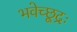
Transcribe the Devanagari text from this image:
भवेच्छूद्रः